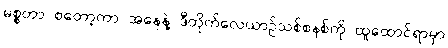
မစ္စတာ စတော့ကာ အနေနဲ့ ဒီတိုက်လေယာဉ်သစ်စနစ်ကို ထူထောင်ရာမှာ